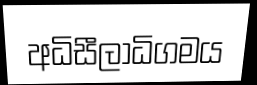
අධිසීලාධිගමය